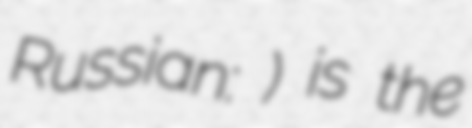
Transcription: Russian: рубль) is the